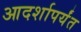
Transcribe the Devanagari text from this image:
आदर्शापर्यंत